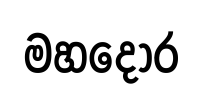
මහදොර